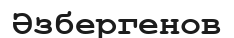
Әзбергенов